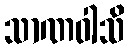
သာဏဝါသိ